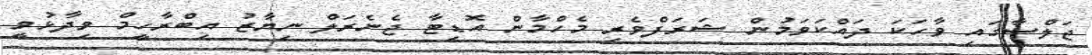
ޖަލްސާގައި ވާހަކަ ދައްކަވަމުން ޝަރަފްވެރި މެހްމާން އޮޑިޓާ ޖެނެރަލް ނިޔާޒު އިިބްރާހީމް ވިދާޅުވީ